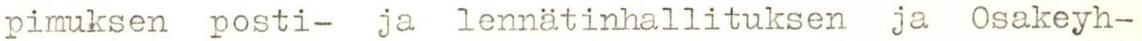
pimuksen posti- ja lennätinhallituksen ja Osakeyh-